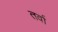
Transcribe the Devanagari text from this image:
तर्वा